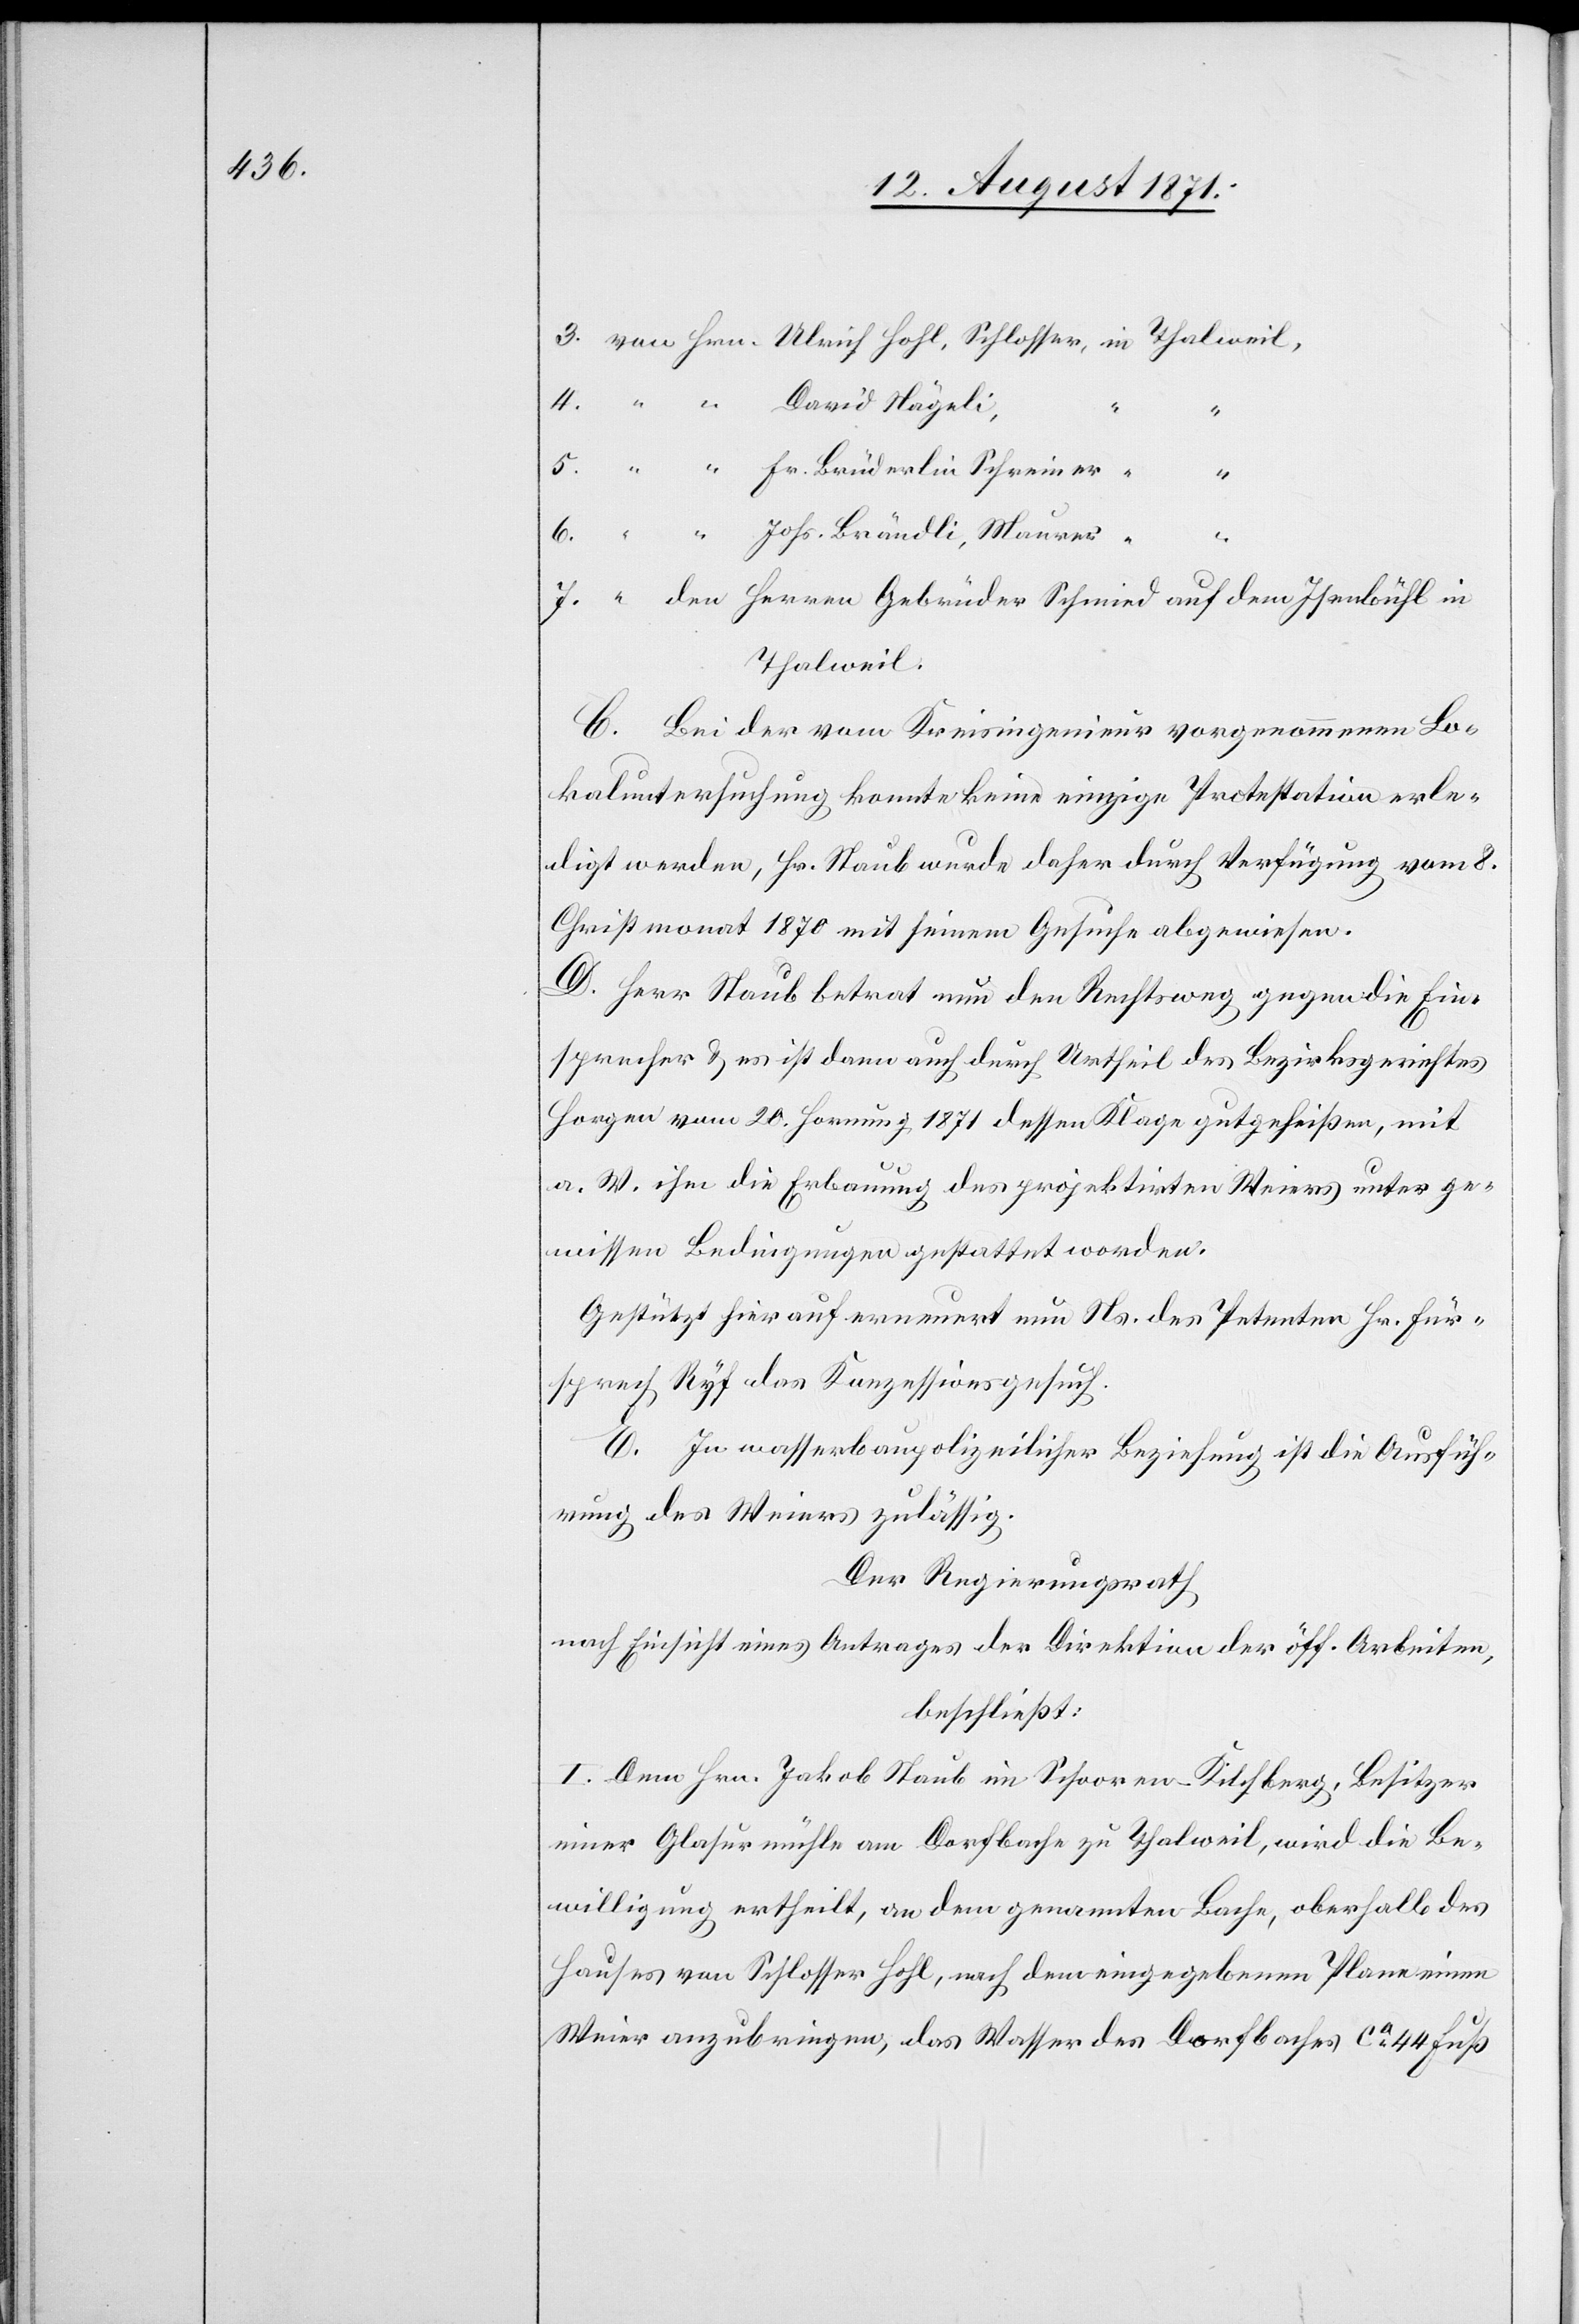
3. von Hrn. Ulrich Hohl, Schlosser, in Thalweil,
4. “ “ David Nägeli,
5. “ “ Fr. Brüderlin, Schreiner,“
“
6. “ “ Joh. Brändli, Maurer,
7. “ den Herren Gebrüder Schmied auf dem Isenbühl in
Thalweil.
C. Bei der vom Kreisingenieur vorgenommenen Lo¬
kaluntersuchung konnte keine einzige Protestation erle¬
digt werden, Hr. Staube wurde daher durch Verfügung vom 8.
Christmonat 1870 mit seinem Gesuch abgewiesen.
D. Herr Staub betrat nun den Rechtsweg gegen die Ein¬
sprecher & es ist dann auch durch Urtheil des Bezirksgerichtes
Horgen vom 20. Hornung 1871 dessen Klage gutgeheißen, mit
a. W. ihn die Erbauung des projektirten Weiers unter ge¬
wissen Bedingungen gestattet worden.
Gestützt hierauf erneuert nun Ns. der Petenten Hr. Für¬
sprech Ryf das Konzessionsgesuch.
E. In wasserbaupolizeilicher Beziehung ist die Ausfüh¬
rung des Weiers zulässig.
Der Regierungsrath
nach Einsicht eines Antrages der Direktion der öff. Arbeiten,
beschließt:
I. Dem Hrn. Jakob Staub in Schooren Kilchberg, Besitzer
einer Glasurmühle am Dorfbache zu Thalweil, wird die Be¬
willigung ertheilt, an dem genannten Bache, oberhalb des
Hauses von Schlosser Hohl, nach dem eingegebenen Plane einen
Weier anzubringen, das Wasser des Dorfbaches ca 44 Fuß